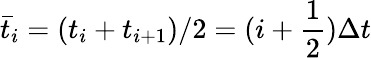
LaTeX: \bar{t}_{i}=(t_{i}+t_{i+1})/2=(i+\frac 12)\Delta t